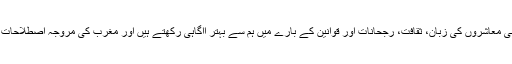
مغرب کے ساتھ معاملہ اور مکالمہ کرنے میں ان لوگوں کی تربیت ہم سے زیادہ ہے اور وہ مغربی معاشروں کی زبان، ثقافت، رجحانات اور قوانین کے بارے میں ہم سے بہتر اآگاہی رکھتے ہیں اور مغرب کی مروجہ اصطلاحات میں ایسا جواب مرتب کرسکتے ہیں جس میں وہاں کی حساسیت اور نزاکتوں کی رعایت شامل ہو۔